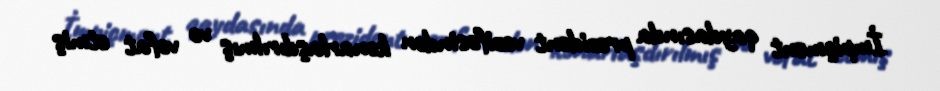
İmpiçment qaydasında prezident vəzifəsindən kənarlaşdırılmış və vəfat etmiş